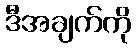
ဒီအချက်ကို